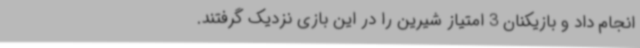
انجام داد و بازیکنان 3 امتیاز شیرین را در این بازی نزدیک گرفتند.